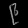
Digit: ၉